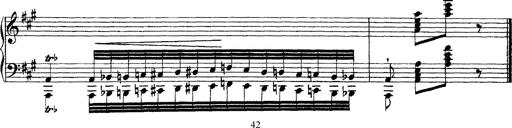
Title: Grandes Ã©tudes de Paganini
Composer: Franz Liszt